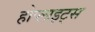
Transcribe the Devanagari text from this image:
होप्लाइट्स